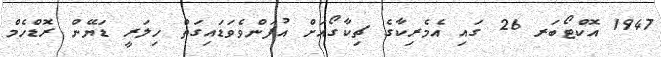
1947 އޮކްޓޯބަރ 26 ގައި އެމެރިކާގެ ޗިކާގޯއަށް އުފަންވެވަޑައިގަތް ހިލަރީ ޑަޔޭން ރޮޑްހެމް